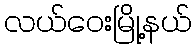
လယ်ဝေးမြို့နယ်